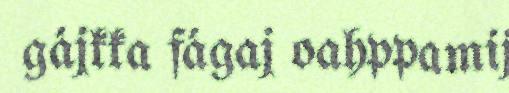
gájkka fágaj oahppamij